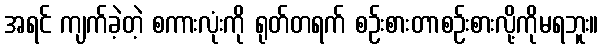
အရင် ကျက်ခဲ့တဲ့ စကားလုံးကို ရုတ်တရက် စဉ်းစားတာစဉ်းစားလို့ကိုမရဘူး။